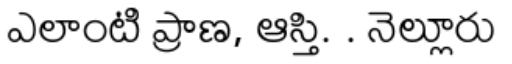
ఎలాంటి ప్రాణ, ఆస్తి. . నెల్లూరు